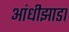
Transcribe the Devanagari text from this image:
आंधीझाडा